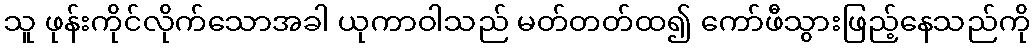
သူ ဖုန်းကိုင်လိုက်သောအခါ ယုကာဝါသည် မတ်တတ်ထ၍ ကော်ဖီသွားဖြည့်နေသည်ကို